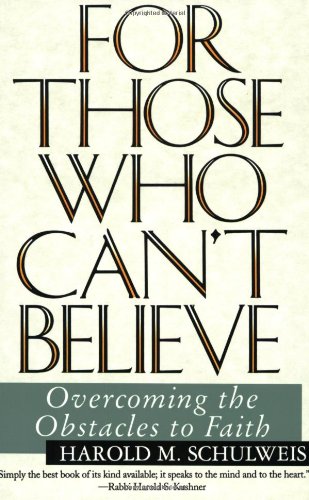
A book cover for For Those Who Can't Believe : Overcoming the Obstacles to Faith; Harold Schulweis; Religion & Spirituality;